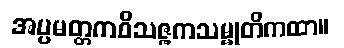
အပ္ပမတ္တကဝိသဇ္ဇကသမ္မုတိကထာ။